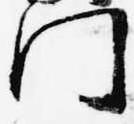
門